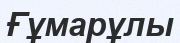
Ғұмарұлы